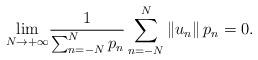
LaTeX: \begin{align*}\underset{N\rightarrow+\infty}{\lim}\frac{1}{\sum_{n=-N}^{N}p_n}\sum_{n=-N}^{N} \left\Vert u_n\right\Vert p_n =0 .\end{align*}